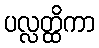
ပလ္လတ္ထိကာ